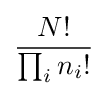
{\frac {N!}{\prod _{i}n_{i}!}}